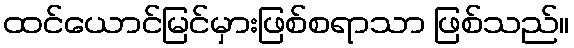
ထင်ယောင်မြင်မှားဖြစ်စရာသာ ဖြစ်သည်။